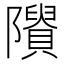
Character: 𨽠